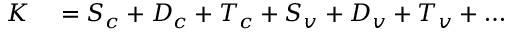
\begin{array} { r l } { K } & { { } = S _ { c } + D _ { c } + T _ { c } + S _ { v } + D _ { v } + T _ { v } + \ldots } \end{array}